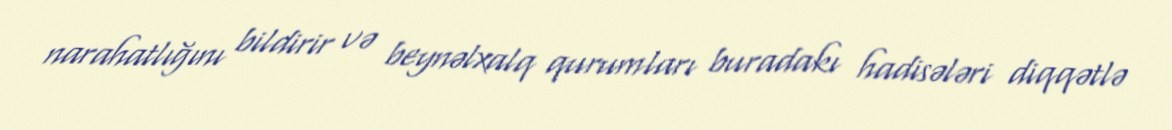
narahatlığını bildirir və beynəlxalq qurumları buradakı hadisələri diqqətlə